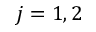
j = 1 , 2